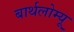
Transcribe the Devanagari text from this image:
बार्थलोम्यू